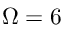
\Omega = 6